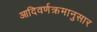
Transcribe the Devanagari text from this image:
आदिवर्णक्रमानुसार